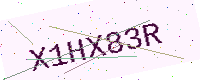
Text: X1HX83R